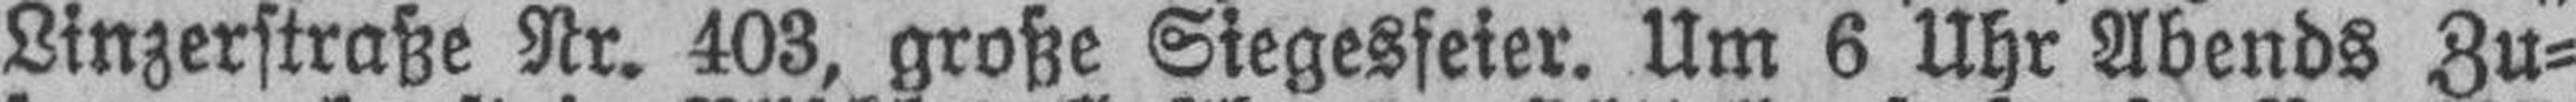
Linzerstraße Nr. 403, große Siegesfeier. Um 6 Uhr Abends Zu¬